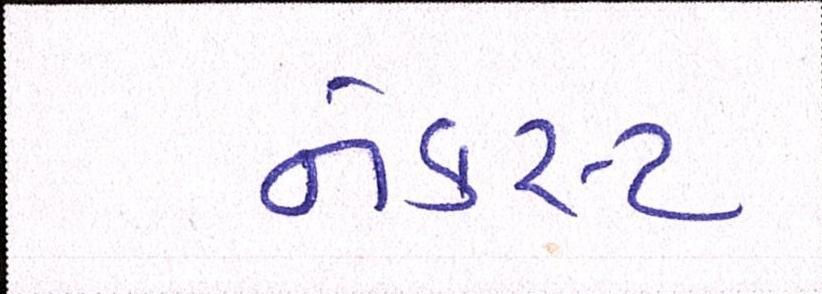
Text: નેક્સ્ટ